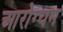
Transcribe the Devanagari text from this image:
आरोग्यम